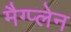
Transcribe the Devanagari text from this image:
मैग्प्लेन